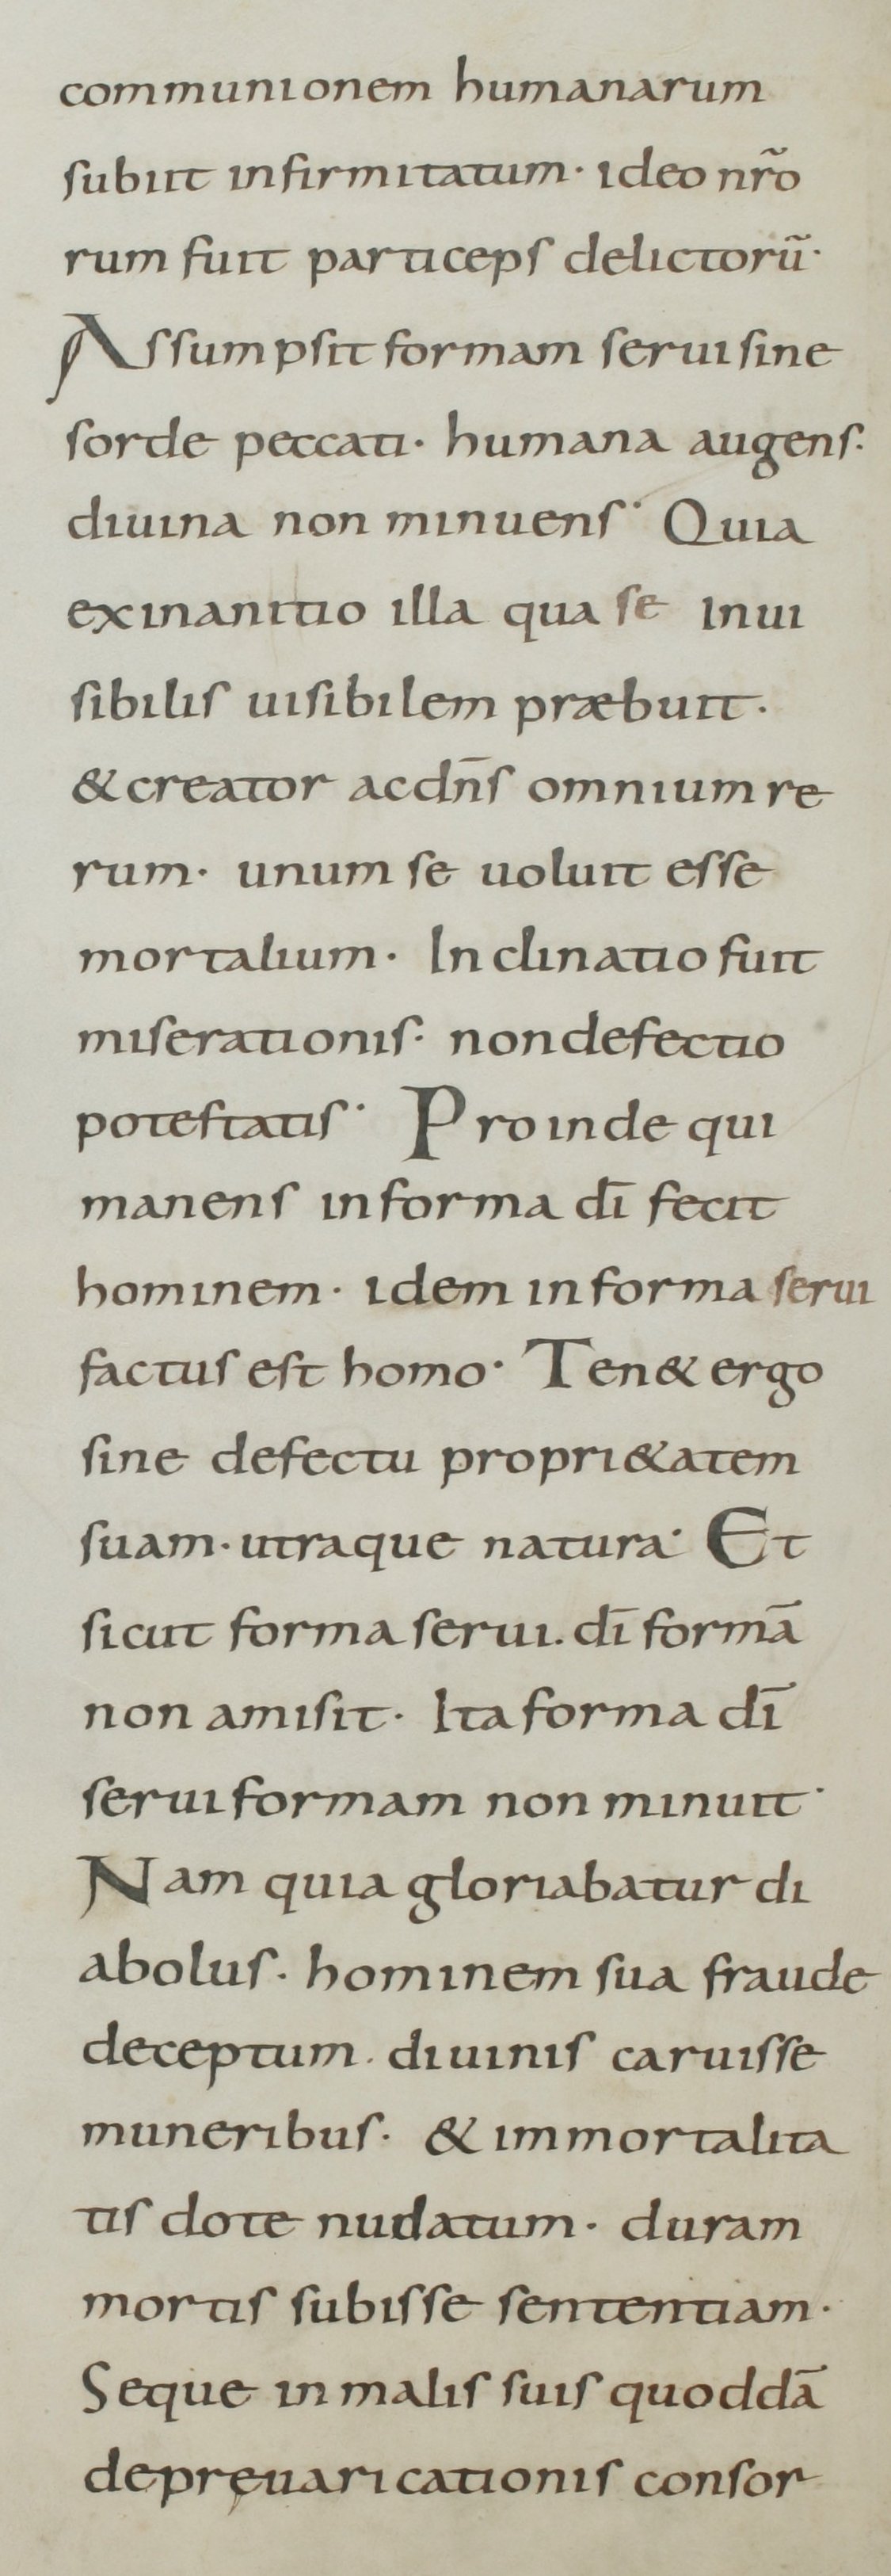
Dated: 800–899